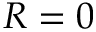
R = 0